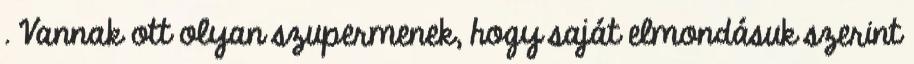
. Vannak ott olyan szupermenek, hogy saját elmondásuk szerint